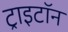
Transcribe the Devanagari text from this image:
ट्राइटॉन